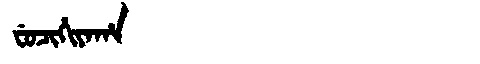
Manchu: ᠸᡠᠴᡳᡥᡳᠶᠠᡥᠠ
Romanization: FUCIHIYAHA